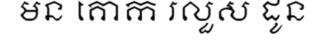
មន គោក រលួស ដូន